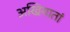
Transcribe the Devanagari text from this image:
अखियातां